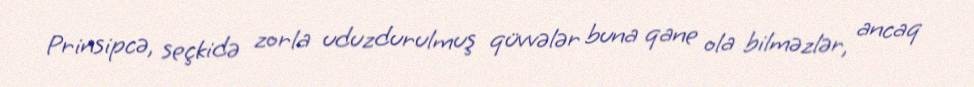
Prinsipcə, seçkidə zorla uduzdurulmuş qüvvələr buna qane ola bilməzlər, ancaq